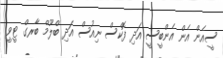
ސީއެން އެން އެންބީސީ އަދި ފޮކްސް ނިއުސް އަދި ބްލޫމް ބާރގްް ޓީވީ